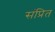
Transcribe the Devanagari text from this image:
संप्रित